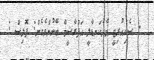
- ސެކިއުރިޓީ މެދުކަނޑާލީ އަފްރާޝީމް ބޭނުންވެގެން: ޕޮލިސް :